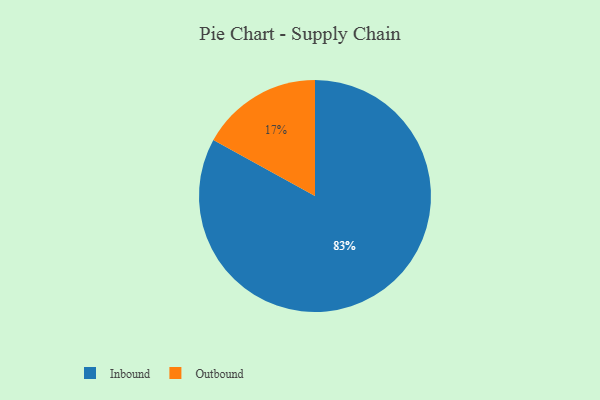
{"axis": {"x": "Category", "y": "Percentage"}, "legend": ["Inbound", "Outbound"], "data": [{"x": "Inbound", "y": 83, "type": "Inbound"}, {"x": "Outbound", "y": 17, "type": "Outbound"}]}